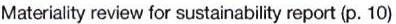
Materiality review for sustainability report (p. 10)